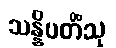
သန္နိပတိံသု